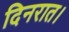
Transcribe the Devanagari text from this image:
दिनरात।